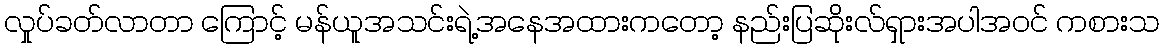
လှုပ်ခတ်လာတာ ကြောင့် မန်ယူအသင်းရဲ့အနေအထားကတော့ နည်းပြဆိုးလ်ရှားအပါအဝင် ကစားသ